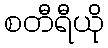
စတီရီယို